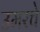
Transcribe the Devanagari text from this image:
उमरचे